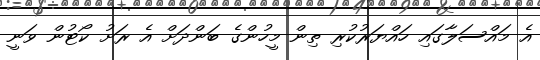
އެ މައްސަލާގައި ހައްޔަރުކުރި ތިން މީހުންގެ ބަންދަށް އެ ރަށު ކޯޓުން ވަނީ